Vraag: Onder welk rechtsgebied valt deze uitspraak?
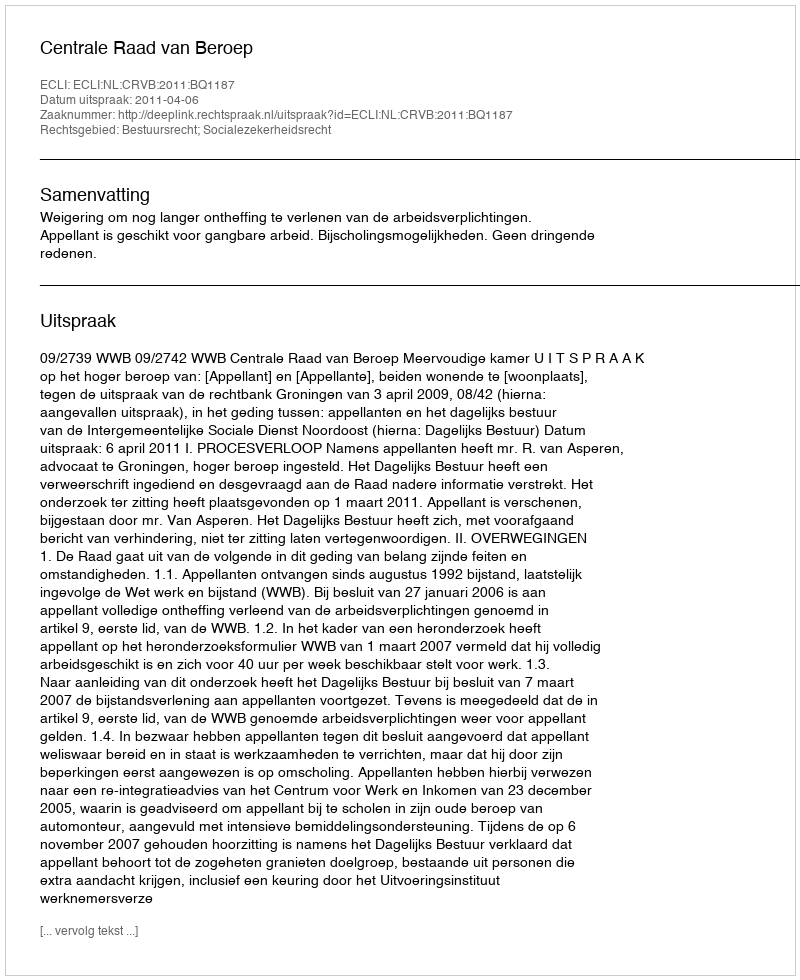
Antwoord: Bestuursrecht; Socialezekerheidsrecht